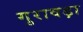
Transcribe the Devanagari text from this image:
गुरावड़ा